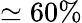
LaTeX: \simeq 60\%